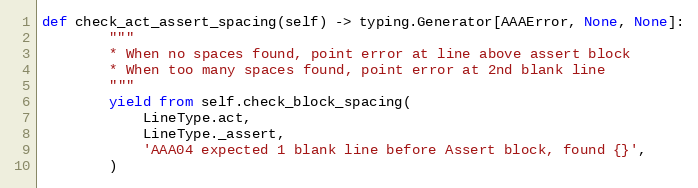
Language: Python
def check_act_assert_spacing(self) -> typing.Generator[AAAError, None, None]:
        """
        * When no spaces found, point error at line above assert block
        * When too many spaces found, point error at 2nd blank line
        """
        yield from self.check_block_spacing(
            LineType.act,
            LineType._assert,
            'AAA04 expected 1 blank line before Assert block, found {}',
        )